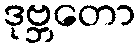
ဒုဗ္ဘတော